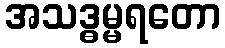
အသဒ္ဓမ္မရတော